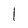
Character: 1